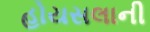
હોયસલાની